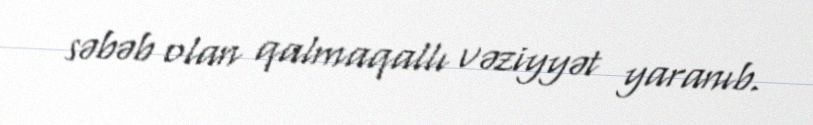
səbəb olan qalmaqallı vəziyyət yaranıb.